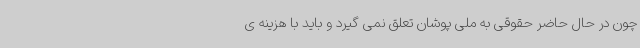
چون در حال حاضر حقوقی به ملی پوشان تعلق نمی گیرد و باید با هزینه ی